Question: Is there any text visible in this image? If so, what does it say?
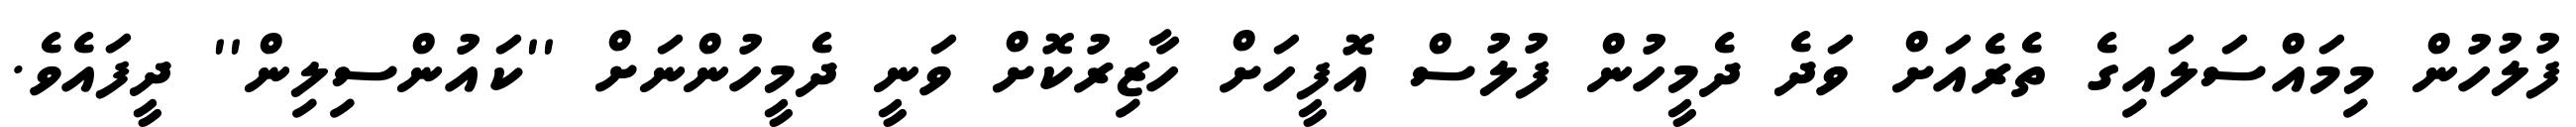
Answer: ފުލުހުން މިމައްސަލައިގެ ތެރެއަށް ވަދެ ދެމީހުން ފުލުސް އޮފީހަށް ހާޒިރުކޮށް ވަނީ ދެމީހުންނަށް ''ކައުންސިލިން'' ދީފައެވެ.